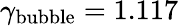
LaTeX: \gamma_{\mathrm{{bubble}}}=1.117